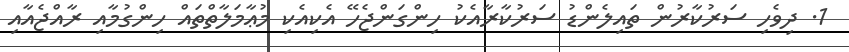
1. ދިވެހި ސަރުކާރުން ތައިލެންޑު ސަރުކާރާއެކު ހިންގަންޖެހޭ އެކިއެކި މުޢާމަލާތްތައް ހިންގުމާއި ރާއްޖެއާއި